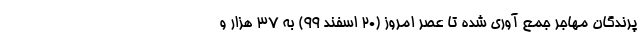
پرندگان مهاجر جمع آوری شده تا عصر امروز (۲۰ اسفند ۹۹) به ۳۷ هزار و